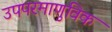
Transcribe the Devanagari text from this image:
उपपरमाणुविक